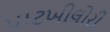
પાટખીલોરી